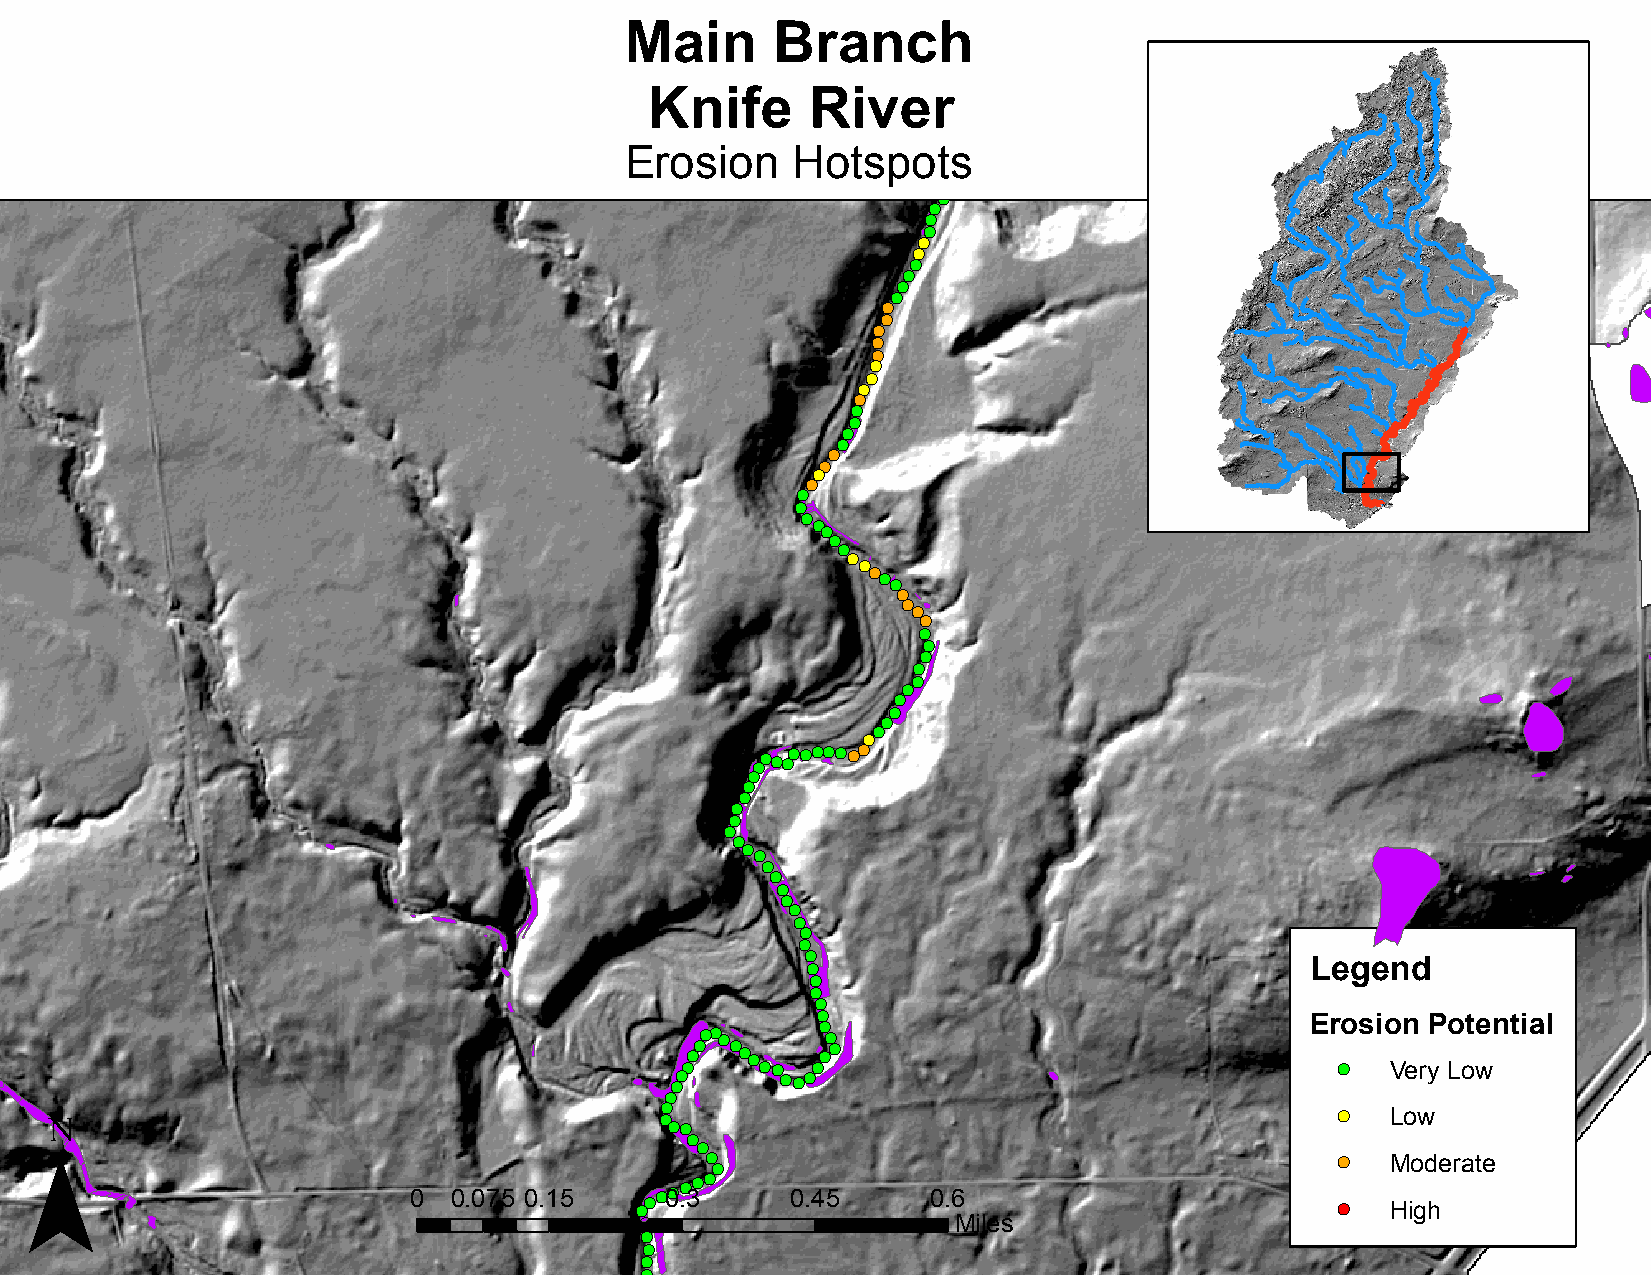
Main      Branch
 Knife      River
 Erosion    Hotspots
 !(
 !(!(!(     !(!(!(!(!(
 !(
 !(
 !(
 !(
 !(
 !(
 !(
 !(
 !(
 !(
 !(
 !(
 !(
 !(
 !(
 !(
 !(
 !(
 !(
 !(
 !(
 !(
 !(
 !(
 !(
 !(
 !(
 !(
 !(
 !(!(
 !(
 !(
 !(
 !(
 !(!(!(
 !(
 !(
 !(
 !(
 !(
 !(
 !(
 !(
 !(
 !(
 !(
 !(
 !(
 !(
 !(
 !(!(!(!(!(!(!(!(!(!(!(
 !(
 !(
 !(
 !(
 !(
 !(
 !(
 !(!(
 !(
 !(
 !(
 !(
 !(
 !(
 !(
 !(
 !(
 !(                                Legend
 !(
 !(
 !(
 !(
 !(!( !(!( !(!( !(
 !(
 !(!( !( !(                       Erosion Potential
 ¯
 !(!(!( !(!( !(!(!(!(                         !( Very Low
 !(
 !(
 !(                                           !( Low
 !(!(
 !(
 !(
 !( !(                                     !( Moderate
 0  0.075 0.15  !(!(
 !(0!( .!( 3!( !(
 0.45      0.6                        !( High
 !(                   Miles
 !(
 !(
 !(
 !(